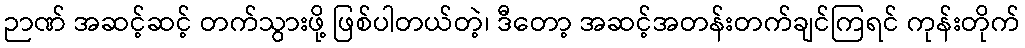
ဉာဏ် အဆင့်ဆင့် တက်သွားဖို့ ဖြစ်ပါတယ်တဲ့၊ ဒီတော့ အဆင့်အတန်းတက်ချင်ကြရင် ကုန်းတိုက်